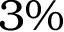
3 \%